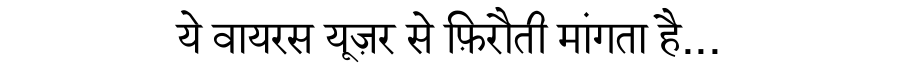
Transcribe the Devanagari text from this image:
ये वायरस यूज़र से फ़िरौती मांगता है...